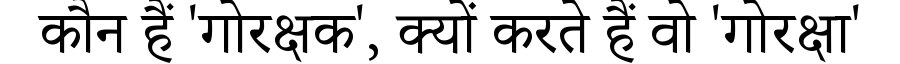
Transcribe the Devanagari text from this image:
कौन हैं 'गोरक्षक', क्यों करते हैं वो 'गोरक्षा'